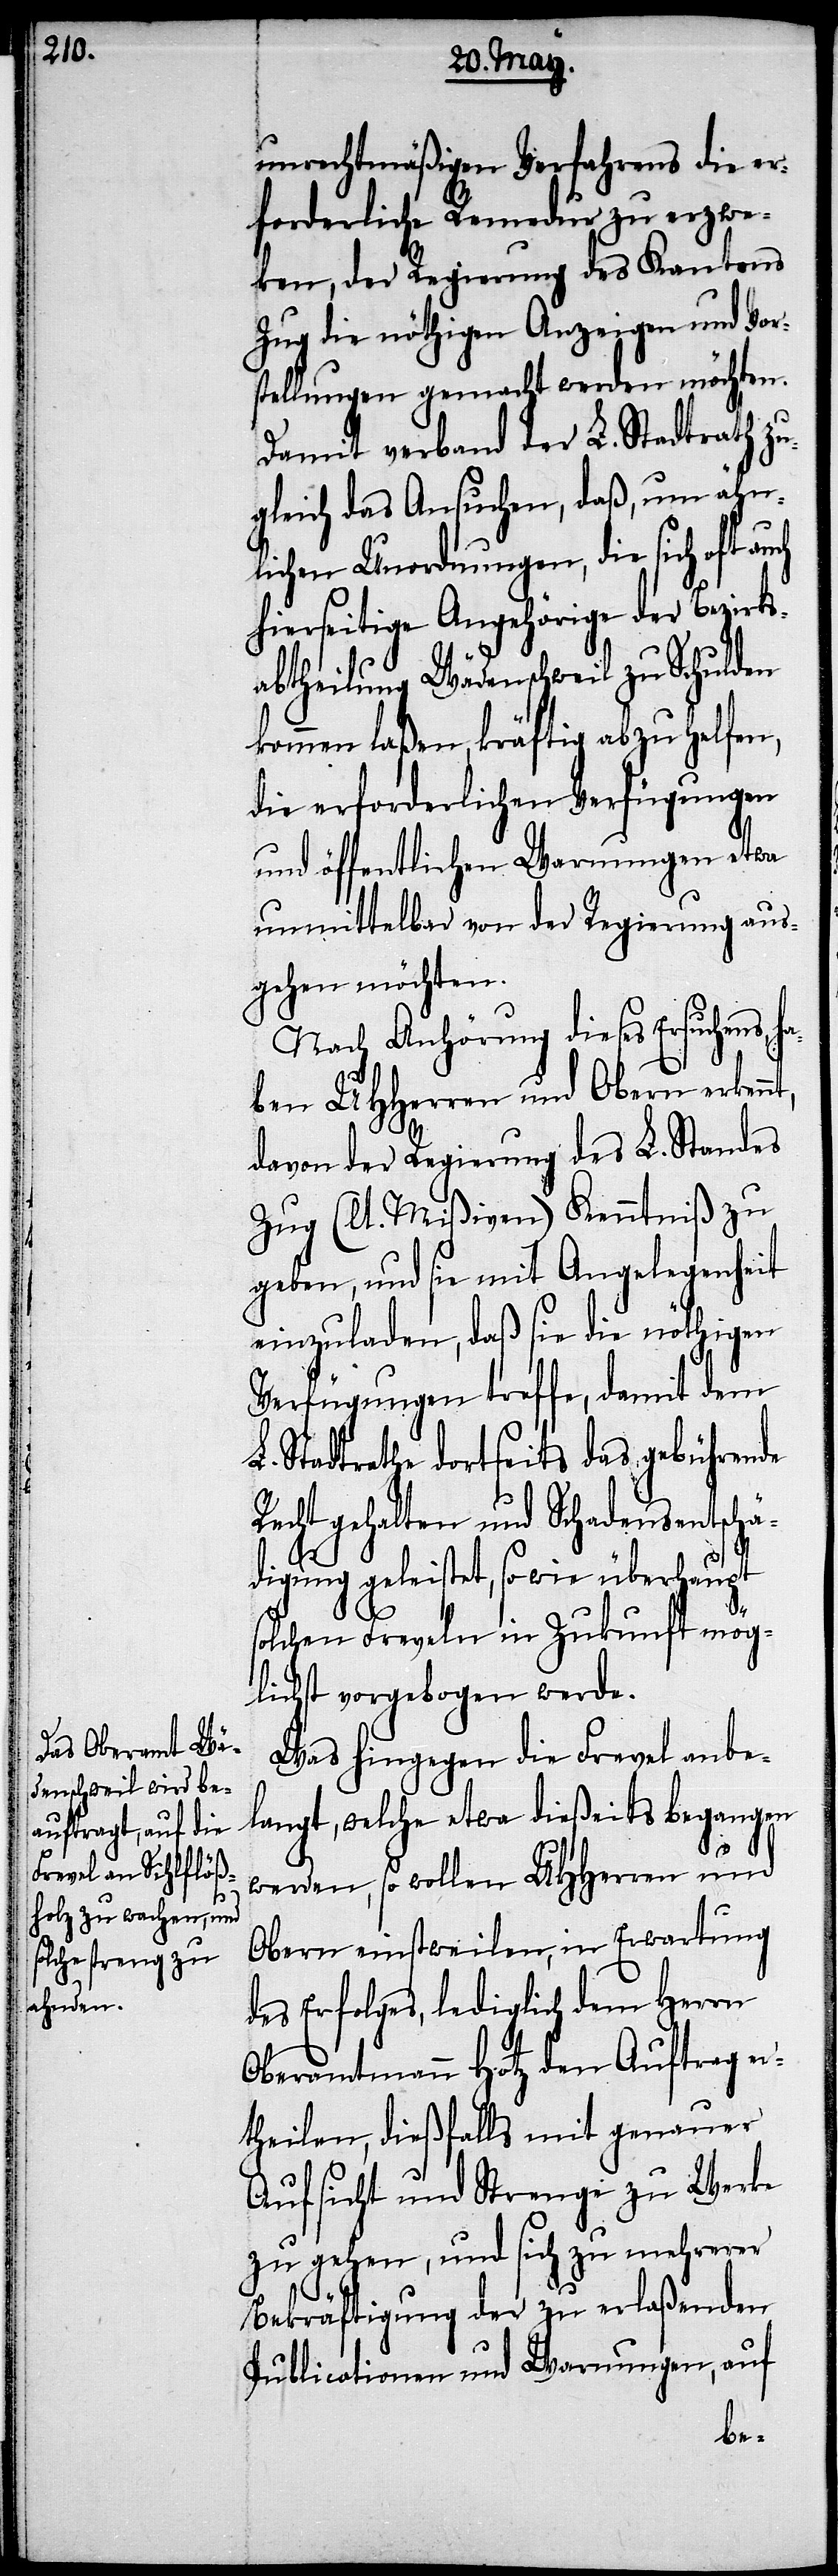
nt,

unrechtmäßigen Verfahrens die er¬
forderliche Remedur zu erzwe¬
ken, der Regierung des Kantons
Zug die nöthigen Anzeigen und Vor¬
stellungen gemacht werden möchten.
Damit verband der L. Stadtrath zu¬
gleich das Ansuchen, daß, um ähn¬
lichen Unordnungen, die sich oft au¬
hierseitige Angehörige der Bezirks¬
abtheilung Wädenschweil zu Schulden
kommen laßen, kräftig abzuhelfen,
die erforderlichen Verfügungen
und öffentlichen Warnungen etwa
unmittelbar von der Regierung aus¬
gehen möchten.
Nach Anhörung dieses Ersuchens,
ben UHHerren und Obern erken¬
davon der Regierung des L. Standes
Zug (lt. Mißiven) Kenntniß zu
geben und sie mit Angelegenheit
einzuladen, daß sie die nöthigen
Verfügungen treffe, damit dem
L. Stadtrathe dortseits das gebührende
Recht gehalten und Schadensentschä¬
digung geleistet, so wie überhaupt
solchen Freveln in Zukunft mög¬
lichst vorgebogen werde.
Was hingegen die Frevel anbe¬
langt, welche etwa dießeits begangen
werden, so wollen UHHerren und
Obern einstweilen, in Erwartung
des Erfolges, lediglich dem Herrn
Oberamtmann Hotz den Auftrag er¬
theilen, dießfalls mit genauer
Aufsicht und Strenge zu Werke
zu gehen, und sich zu mehrerer
Bekräftigung der zu erlaßenden
Publicationen und Warnungen, auf